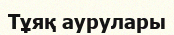
Тұяқ аурулары